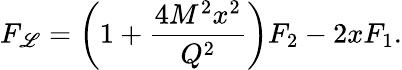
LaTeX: F_{\mathscr{L}}=\left(1+\frac{{4M^{2}x^{2}}}{{Q^{2}}}\right)F_{2}-2xF_{1}.